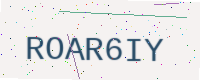
Text: ROAR6IY